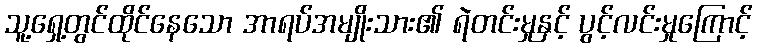
သူ့ရှေ့တွင်ထိုင်နေသော အာရပ်အမျိုးသား၏ ရဲတင်းမှုနှင့် ပွင့်လင်းမှုကြောင့်